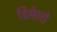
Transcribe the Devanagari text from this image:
डिसेलो